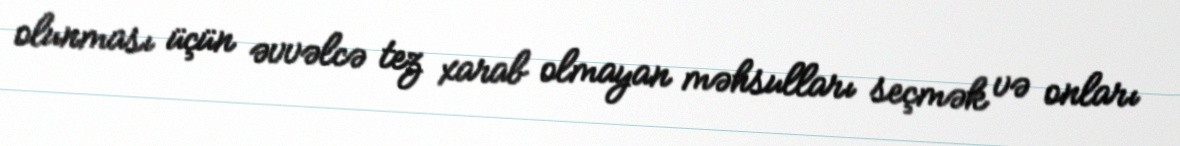
olunması üçün əvvəlcə tez xarab olmayan məhsulları seçmək və onları